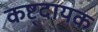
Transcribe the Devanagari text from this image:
कष्ट्दायक